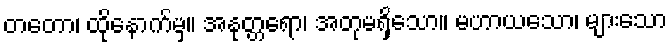
တတော၊ ထိုနောက်မှ။ အနုတ္တရော၊ အတုမရှိသော။ မဟာယသော၊ များသော